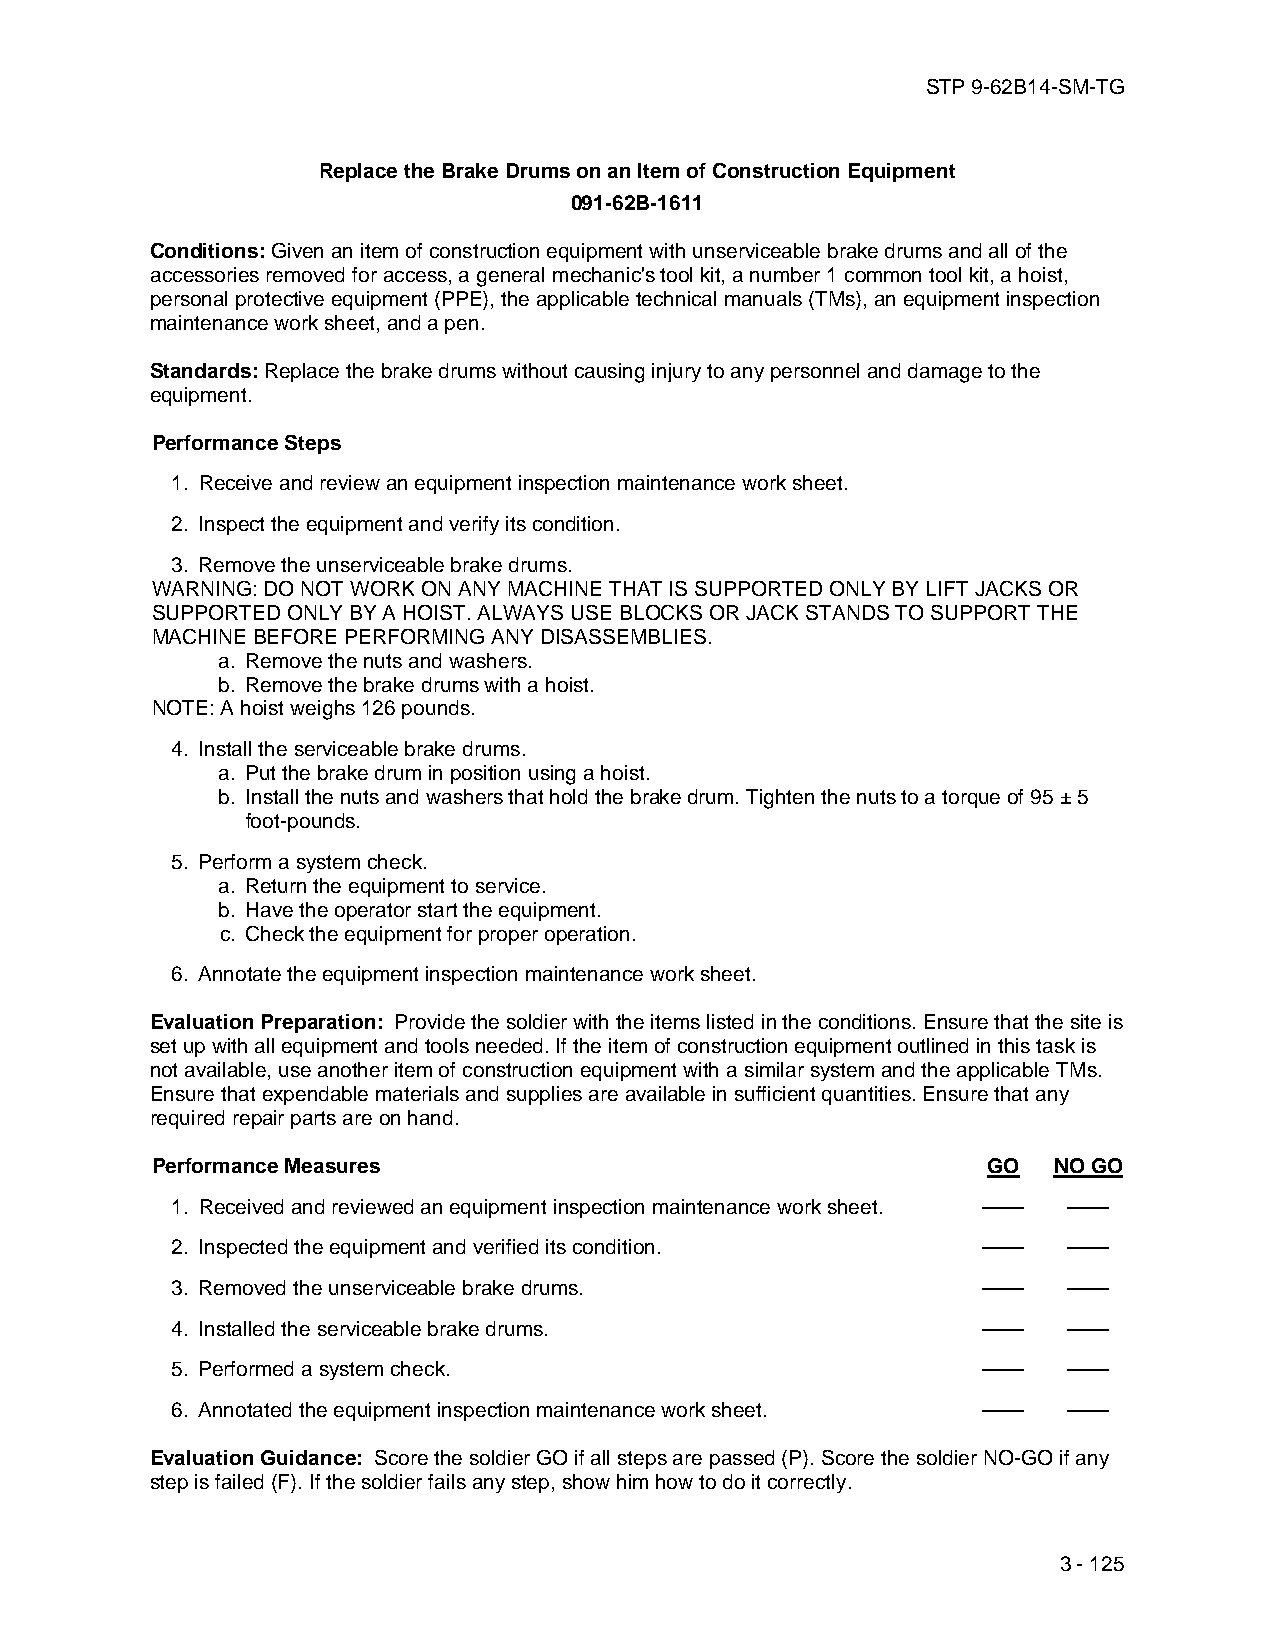
STP 9-62B14-SM-TG
 Replace the Brake Drums on an Item of Construction Equipment
 091-62B-1611
 Conditions: Given an item of construction equipment with unserviceable brake drums and all of the
 accessories removed for access, a general mechanic's tool kit, a number 1 common tool kit, a hoist,
 personal protective equipment (PPE), the applicable technical manuals (TMs), an equipment inspection
 maintenance work sheet, and a pen.
 Standards: Replace the brake drums without causing injury to any personnel and damage to the
 equipment.
 Performance Steps
 1. Receive and review an equipment inspection maintenance work sheet.
 2. Inspect the equipment and verify its condition.
 3. Remove the unserviceable brake drums.
 WARNING: DO NOT WORK ON ANY MACHINE THAT IS SUPPORTED ONLY BY LIFT JACKS OR
 SUPPORTED ONLY BY A HOIST. ALWAYS USE BLOCKS OR JACK STANDS TO SUPPORT THE
 MACHINE BEFORE PERFORMING ANY DISASSEMBLIES.
 a. Remove the nuts and washers.
 b. Remove the brake drums with a hoist.
 NOTE: A hoist weighs 126 pounds.
 4. Install the serviceable brake drums.
 a. Put the brake drum in position using a hoist.
 b. Install the nuts and washers that hold the brake drum. Tighten the nuts to a torque of 95 ± 5
 foot-pounds.
 5. Perform a system check.
 a. Return the equipment to service.
 b. Have the operator start the equipment.
 c. Check the equipment for proper operation.
 6. Annotate the equipment inspection maintenance work sheet.
 Evaluation Preparation: Provide the soldier with the items listed in the conditions. Ensure that the site is
 set up with all equipment and tools needed. If the item of construction equipment outlined in this task is
 not available, use another item of construction equipment with a similar system and the applicable TMs.
 Ensure that expendable materials and supplies are available in sufficient quantities. Ensure that any
 required repair parts are on hand.
 Performance Measures                                   GO   NO GO
 1. Received and reviewed an equipment inspection maintenance work sheet. —— ——
 2. Inspected the equipment and verified its condition. ——   ——
 3. Removed the unserviceable brake drums.             ——    ——
 4. Installed the serviceable brake drums.             ——    ——
 5. Performed a system check.                          ——    ——
 6. Annotated the equipment inspection maintenance work sheet. —— ——
 Evaluation Guidance: Score the soldier GO if all steps are passed (P). Score the soldier NO-GO if any
 step is failed (F). If the soldier fails any step, show him how to do it correctly.
 3 - 125